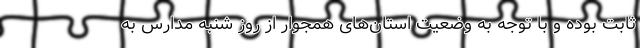
ثابت بوده و با توجه به وضعیت استان‌های همجوار از روز شنبه مدارس به